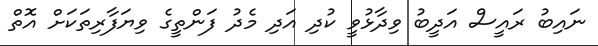
ނައިބު ރައީސް އަދީބު ވިދާޅުވީ ކުދި އަދި މެދު ފަންތީގެ ވިޔަފާރިތަކަށް އޮތް